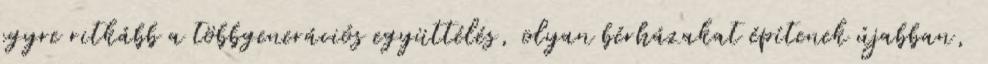
egyre ritkább a többgenerációs együttélés, olyan bérházakat építenek újabban,